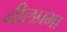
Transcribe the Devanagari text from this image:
नीलप्रभा